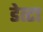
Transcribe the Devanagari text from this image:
डेत्टा